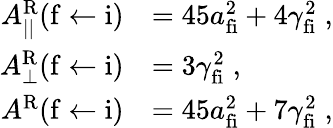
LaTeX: \begin{array}{rl}{A_{||}^{\mathrm{R}}(\mathrm{f}\leftarrow\mathrm{i})}&{=45a_{\mathrm{fi}}^{2}+4\gamma_{\mathrm{fi}}^{2}\; ,}\\ {A_{\perp}^{\mathrm{R}}(\mathrm{f}\leftarrow\mathrm{i})}&{=3\gamma_{\mathrm{fi}}^{2}\; ,}\\ {A^{\mathrm{R}}(\mathrm{f}\leftarrow\mathrm{i})}&{=45a_{\mathrm{fi}}^{2}+7\gamma_{\mathrm{fi}}^{2}\; ,}\end{array}